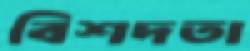
বিশদতা